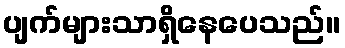
ပျက်များသာရှိနေပေသည်။